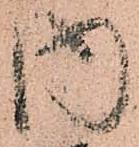
内